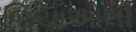
જિયાઓલી